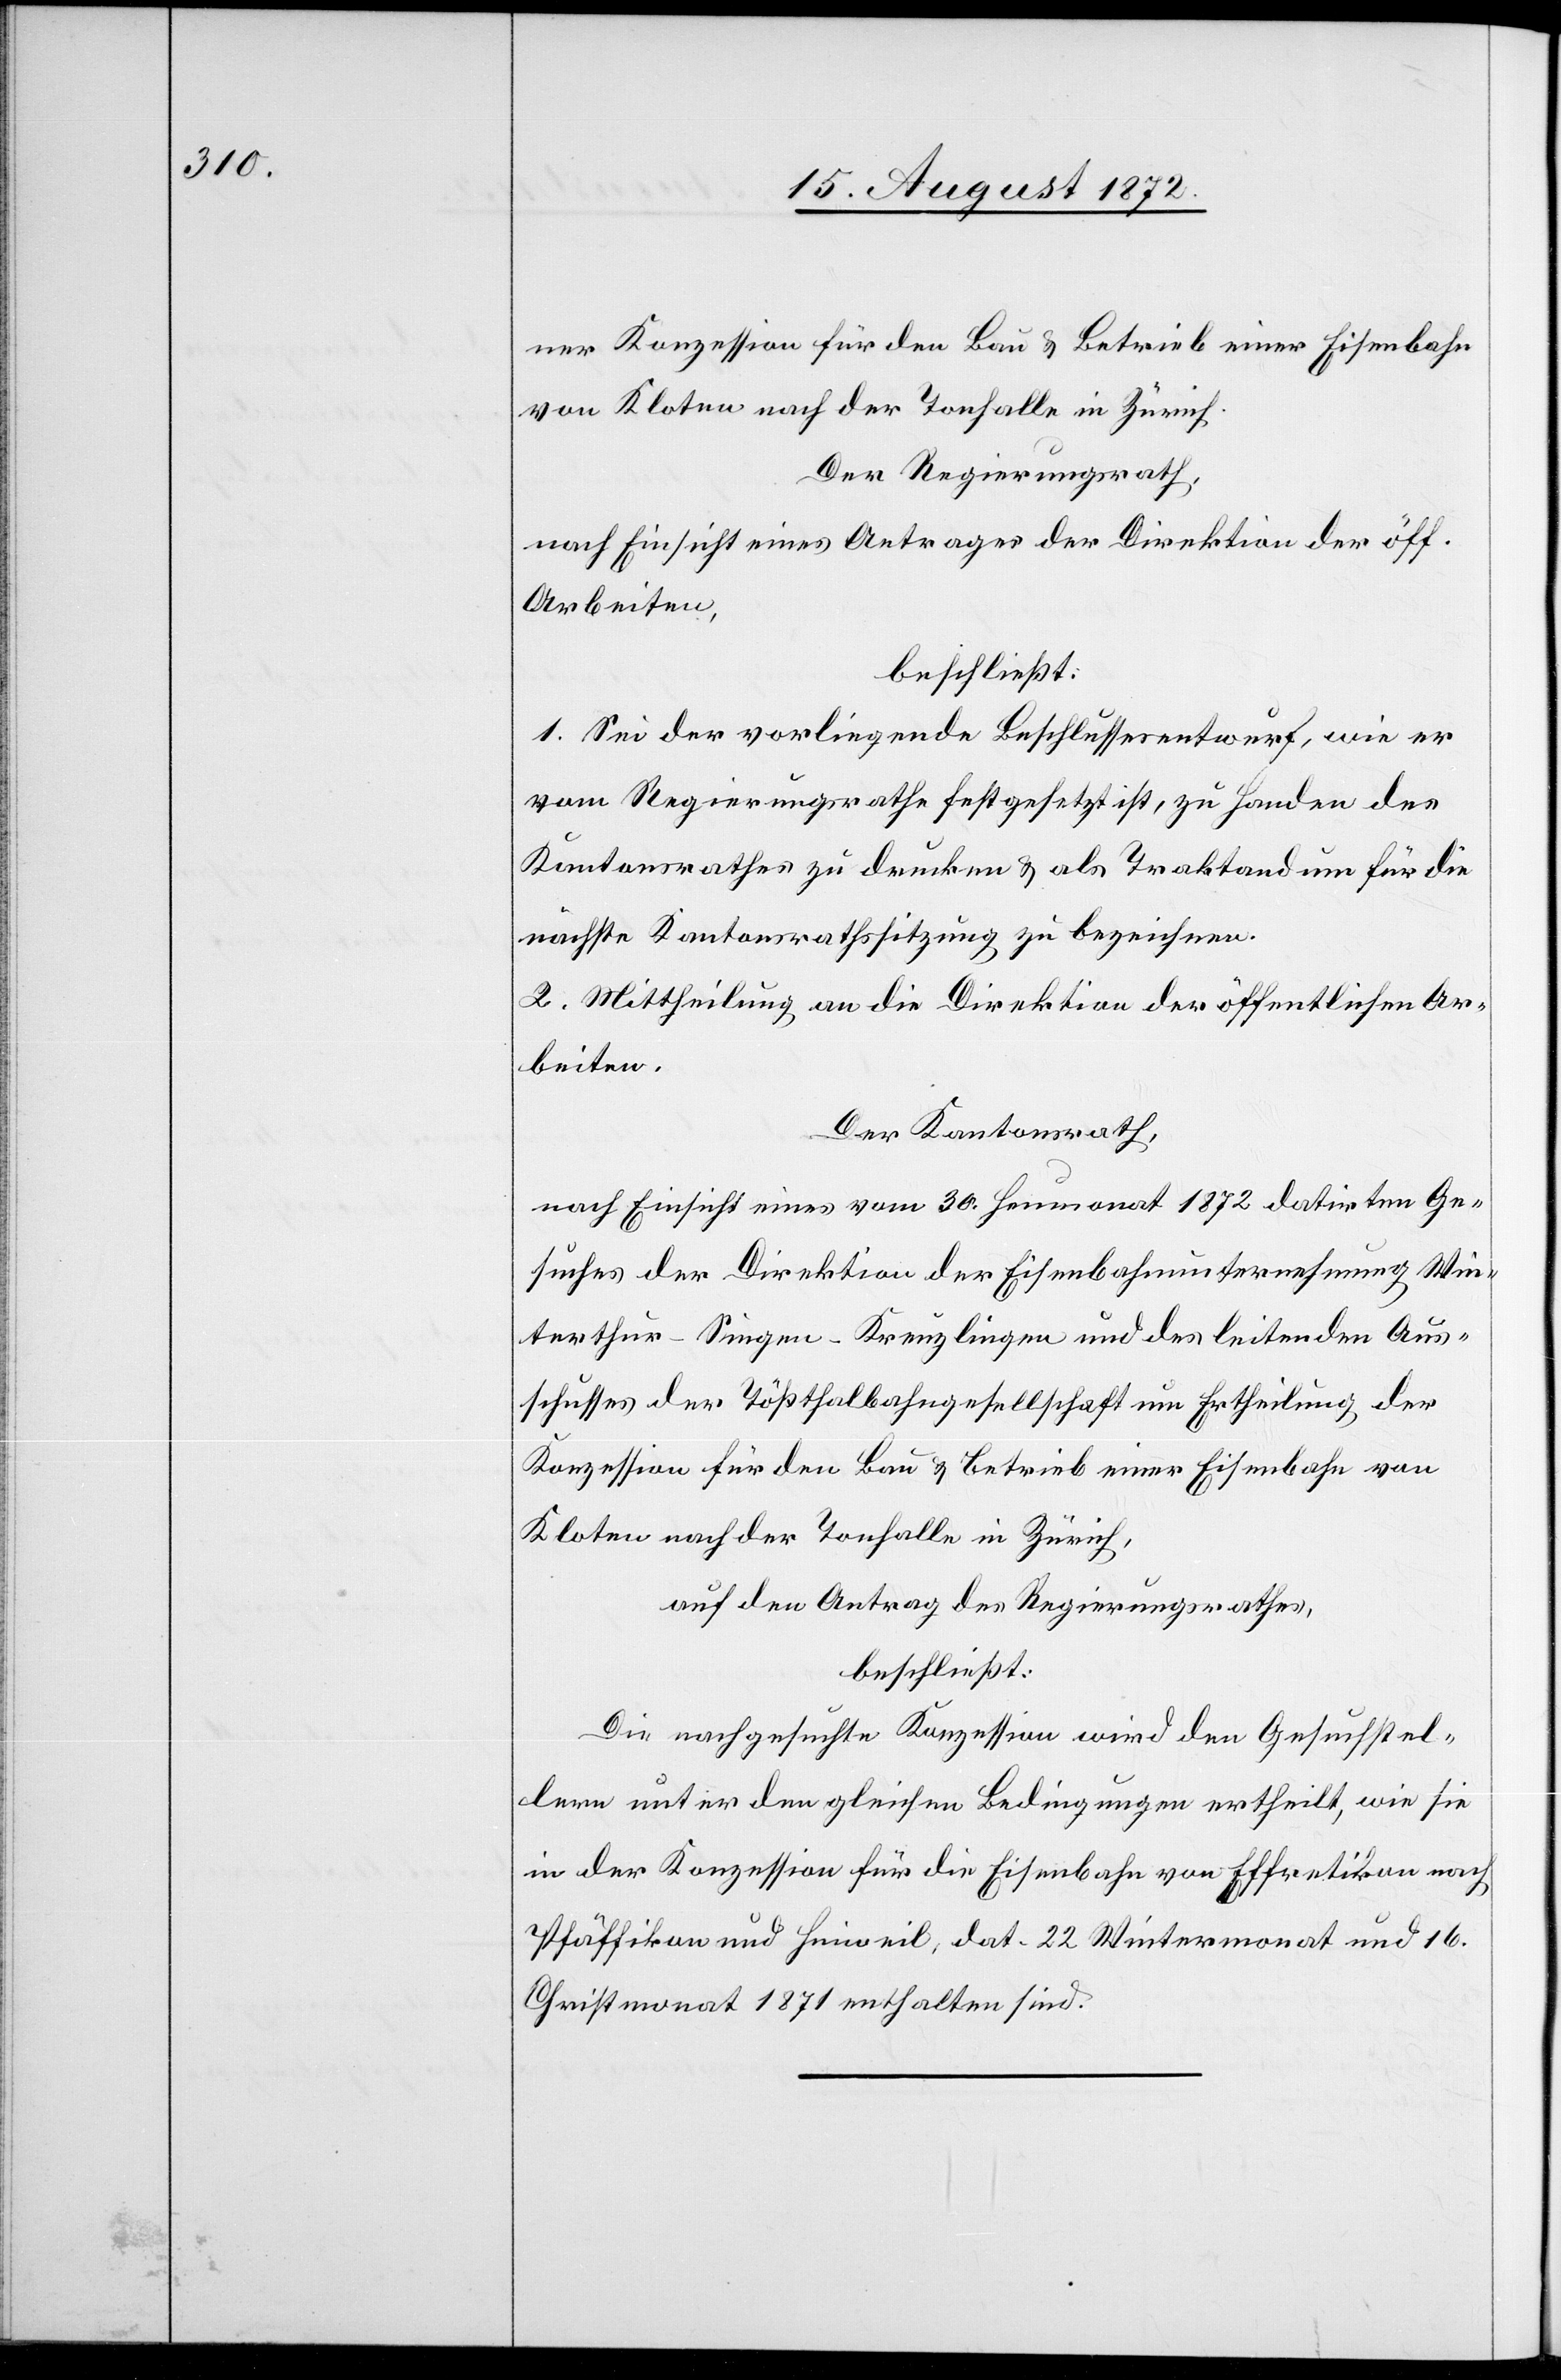
ner Konzession für den Bau u. Betrieb einer Eisenbahn
von Kloten nach der Tonhalle in Zürich.
Der Regierungsrath,
nach Einsicht eines Antrages der Direktion der öff.
Arbeiten,
beschließt:
1. Sei der vorliegende Beschlussesentwurf, wie er
vom Regierungsrathe festgesetzt ist, zu Handen des
Kantonsrathes zu drucken u. als Traktandum für die
nächste Kantonsrathssitzung zu bezeichnen.
2. Mittheilung an die Direktion der öffentlichen Ar¬
beiten.
Der Kantonsrath,
nach Einsicht eines vom 30. Heumonat 1872 datirten Ge¬
suches der Direktion der Eisenbahnunternehmung Win¬
terthur–Singen–Kreuzlingen und des leitenden Aus¬
schusses der Tößthalbahngesellschaft um Ertheilung der
Konzession für den Bau u. Betrieb einer Eisenbahn von
Kloten nach der Tonhalle in Zürich,
auf den Antrag des Regierungsrathes,
beschließt:
Die nachgesuchte Konzession wird den Gesuchstel¬
lern unter den gleichen Bedingungen ertheilt, wie sie
in der Konzession für die Eisenbahn von Effretikon nach
Pfäffikon und Hinweil, dat. 22 Wintermonat und 16.
Christmonat 1871 enthalten sind.